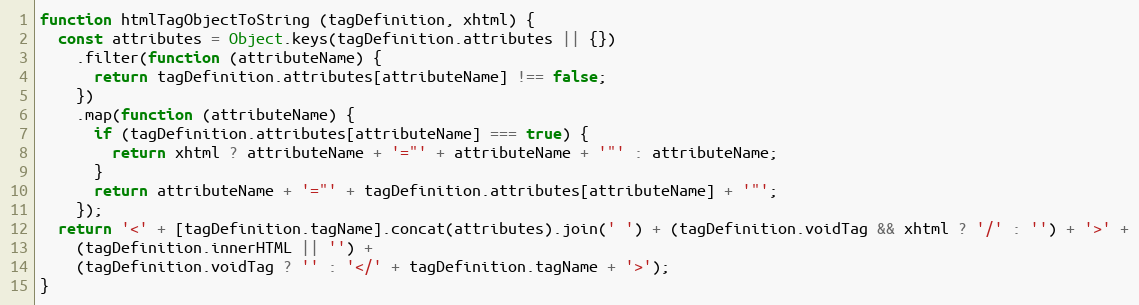
Language: JavaScript
function htmlTagObjectToString (tagDefinition, xhtml) {
  const attributes = Object.keys(tagDefinition.attributes || {})
    .filter(function (attributeName) {
      return tagDefinition.attributes[attributeName] !== false;
    })
    .map(function (attributeName) {
      if (tagDefinition.attributes[attributeName] === true) {
        return xhtml ? attributeName + '="' + attributeName + '"' : attributeName;
      }
      return attributeName + '="' + tagDefinition.attributes[attributeName] + '"';
    });
  return '<' + [tagDefinition.tagName].concat(attributes).join(' ') + (tagDefinition.voidTag && xhtml ? '/' : '') + '>' +
    (tagDefinition.innerHTML || '') +
    (tagDefinition.voidTag ? '' : '</' + tagDefinition.tagName + '>');
}